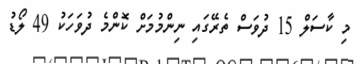
މި ކާސަލް 15 ދުވަސް ތެރޭގައި ނިންމުމަށް ކޮންމެ ދުވަހަކު 49 ލޯޑު